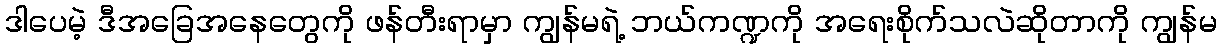
ဒါပေမဲ့ ဒီအခြေအနေတွေကို ဖန်တီးရာမှာ ကျွန်မရဲ့ ဘယ်ကဏ္ဍကို အရေးစိုက်သလဲဆိုတာကို ကျွန်မ